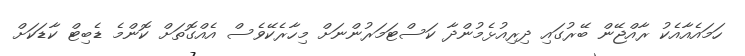
ހަމައެއާއެކު ރާއްޖޭން ބޭރުގައި ދިރިއުޅެމުންދާ ކަސްޓަމަރުންނަށް މިހާރެކޭވެސް އެއްގޮތަށް ކޮންމެ ޑެބިޓް ކާޑަކަށް